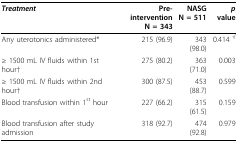
| Treatment | Pre-interventionN = 343 | NASGN = 511 | p value |
 | --- | --- | --- | --- |
 | Any uterotonics administered* | 215 (96.9) | 343 (98.0) | 0.414 √ |
 | ≥ 1500 mL IV fluids within 1st hour† | 275 (80.2) | 363 (71.0) | 0.003 |
 | ≥ 1500 mL IV fluids within 2nd hour† | 300 (87.5) | 453 (88.7) | 0.599 |
 | Blood transfusion within 1st hour | 227 (66.2) | 315 (61.5) | 0.159 |
 | Blood transfusion after study admission | 318 (92.7) | 474 (92.8) | 0.979 |